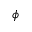
\phi